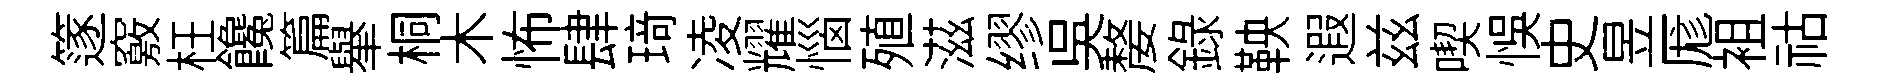
篴竅枉饞篇𦦙桐木怖肆𤦺凌耀惱殖滋缪呉嫠錄鞅遐兹喫悞史昱厖袓祜